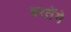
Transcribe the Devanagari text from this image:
बरतेंगे